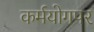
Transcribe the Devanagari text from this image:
कर्मयोगपर